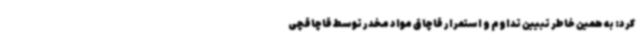
کرد: به همین خاطر تبیین تداوم و استمرار قاچاق مواد مخدر توسط قاچاقچی